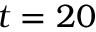
t = 2 0